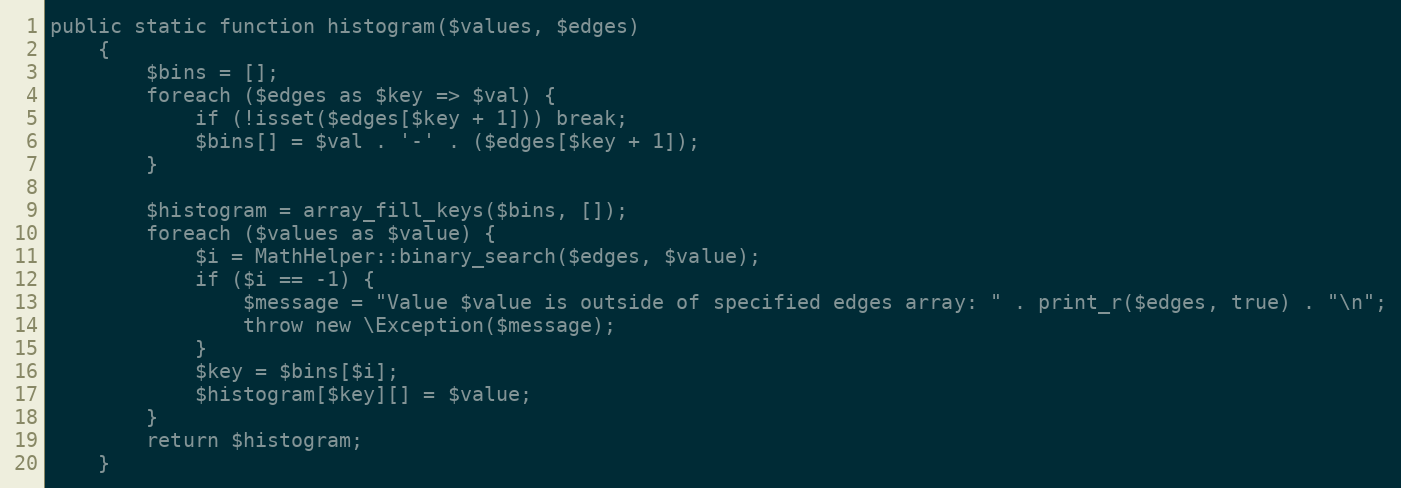
Language: PHP
public static function histogram($values, $edges)
    {
        $bins = [];
        foreach ($edges as $key => $val) {
            if (!isset($edges[$key + 1])) break;
            $bins[] = $val . '-' . ($edges[$key + 1]);
        }

        $histogram = array_fill_keys($bins, []);
        foreach ($values as $value) {
            $i = MathHelper::binary_search($edges, $value);
            if ($i == -1) {
                $message = "Value $value is outside of specified edges array: " . print_r($edges, true) . "\n";
                throw new \Exception($message);
            }
            $key = $bins[$i];
            $histogram[$key][] = $value;
        }
        return $histogram;
    }